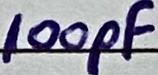
Text: 100pF